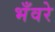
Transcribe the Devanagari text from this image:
भँवरे